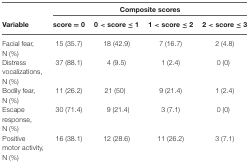
|  | <COLSPAN=4> Composite scores |
 | Variable | score = 0 | 0 < score ≤ 1 | 1 < score ≤ 2 | 2 < score ≤ 3 |
 | --- | --- | --- | --- | --- |
 | Facial fear, N (%) | 15 (35.7) | 18 (42.9) | 7 (16.7) | 2 (4.8) |
 | Distress | 37 (88.1) | 4 (9.5) | 1 (2.4) | 0 (0) |
 | vocalizations, N (%) |
 | Bodily fear, N (%) | 11 (26.2) | 21 (50) | 9 (21.4) | 1 (2.4) |
 | Escape response, N (%) | 30 (71.4) | 9 (21.4) | 3 (7.1) | 0 (0) |
 | Positive motor activity, N (%) | 16 (38.1) | 12 (28.6) | 11 (26.2) | 3 (7.1) |